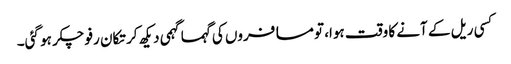
کسی ریل کے آنے کا وقت ہوا، تو مسافروں کی گہماگہمی دیکھ کر تکان رفو چکر ہو گئی۔